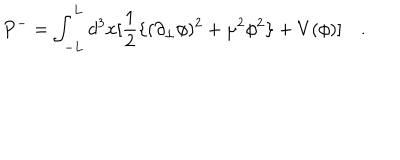
P ^ { - } = \int _ { - L } ^ { L } d ^ { 3 } x [ \frac { 1 } { 2 } \{ ( \partial _ { \bot } \phi ) ^ { 2 } + \mu ^ { 2 } \phi ^ { 2 } \} + V ( \phi ) ] \quad .